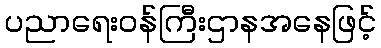
ပညာရေးဝန်ကြီးဌာနအနေဖြင့်